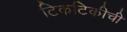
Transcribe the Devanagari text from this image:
टिकटिकीची